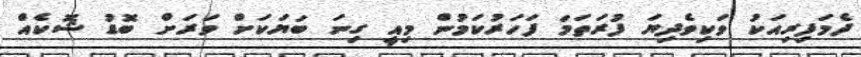
ދެމަފިރިއަކު ވަކިވެދިޔަ ފުރަތަމަ ފަހަރުކަމުން މިއީ ގިނަ ބަޔަކަށް ވަރަށް ބޮޑު ޝޮކެއް